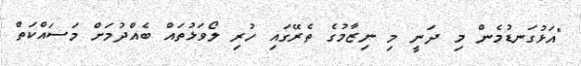
"އަޅުގަނޑުމެން މި ދަނީ މި ނިޒާމުގެ ތެރޭގައި ހުރި ލޯވަޅުތައް ބެއްދުމަށް މަސައްކަތް